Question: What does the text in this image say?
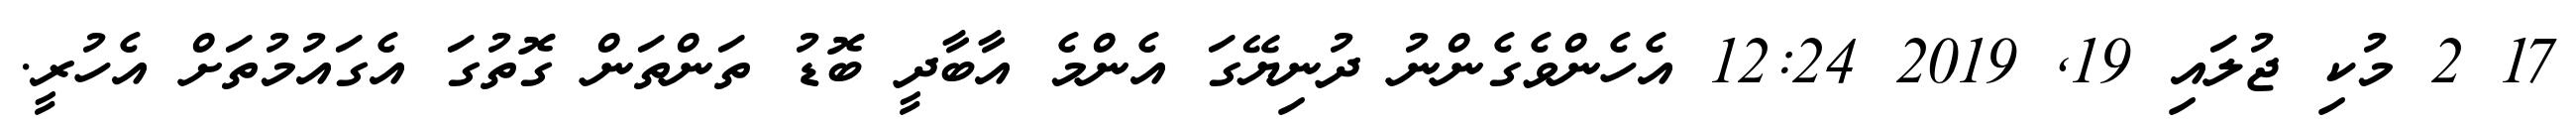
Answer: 17 2 މުކި ޖުލައި 19, 2019 12:24 އެހެންވެގެންނު ދުނިޔޭގަ އެންމެ އާބާދީ ބޮޑު ތަންތަން ގޮތުގަ އެގައުމުތަށް އެހުރީ.